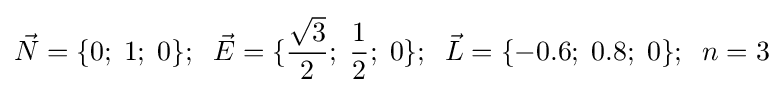
{\vec {N}}=\{0;\;1;\;0\};\;\;{\vec {E}}=\{{\frac {\sqrt {3}}{2}};\;{\frac {1}{2}};\;0\};\;\;{\vec {L}}=\{-0.6;\;0.8;\;0\};\;\;n=3